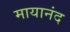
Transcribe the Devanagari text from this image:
मायानंद